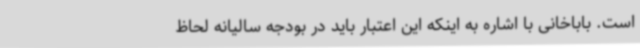
است. باباخانی با اشاره به اینکه این اعتبار باید در بودجه سالیانه لحاظ